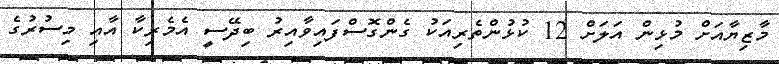
މާޒިޔާއަށް މުޅިން އަލަށް 12 ކުޅުންތެރިއަކު ގެންގޮސްފައިވާއިރު ބިދޭސީ އެމެރިކާ އާއި މިސުރުގެ